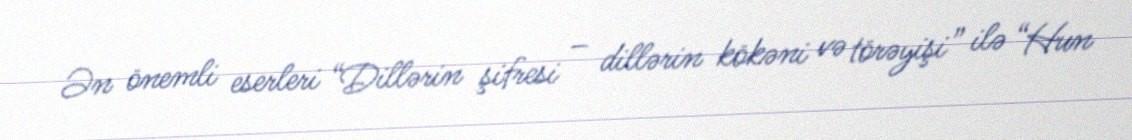
Ən önemli eserleri “Dillərin şifresi – dillərin kökəni və törəyişi” ilə “Hun